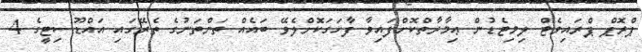
ޕްރޮޕް ޕްރައިވެޓް ލިމިޓެޑުން ޢިމާރާތްކޮށްފައިވާ ފާހަގަކޮށްލެވޭ ބައެއް ތަންތަނުގެ ތެރޭގައި އައްޑޫސިޓީގެ 4